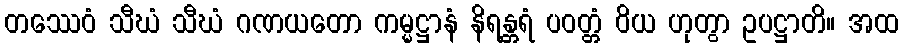
တဿေဝံ သီဃံ သီဃံ ဂဏယတော ကမ္မဋ္ဌာနံ နိရန္တရံ ပဝတ္တံ ဝိယ ဟုတွာ ဥပဋ္ဌာတိ။ အထ